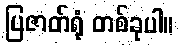
ပြဇာတ်ရုံ တစ်ခုပါ။